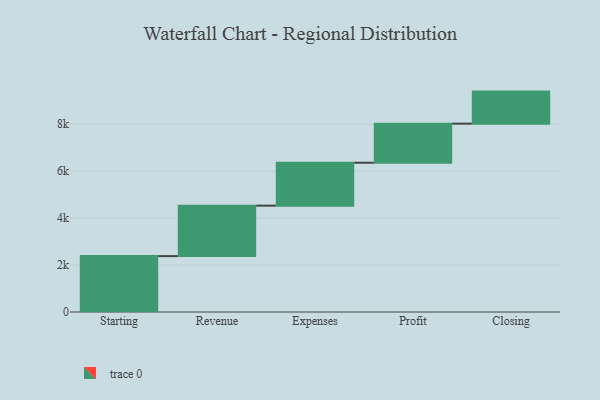
{"axis": {"x": "Step", "y": "Value"}, "legend": [""], "data": [{"x": "Starting", "y": 2381.0, "type": ""}, {"x": "Revenue", "y": 2149.0, "type": ""}, {"x": "Expenses", "y": 1828.0, "type": ""}, {"x": "Profit", "y": 1665.0, "type": ""}, {"x": "Closing", "y": 1365.0, "type": ""}]}